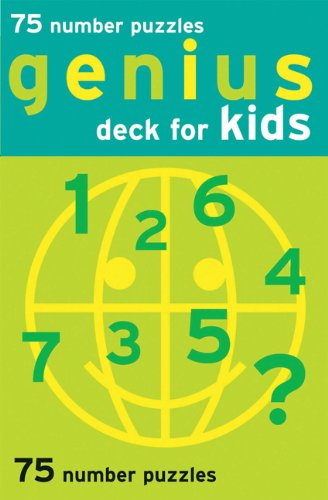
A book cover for Genius Deck Number Puzzles for Kids (Genius Decks); Chronicle Books Staff; Science Fiction & Fantasy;